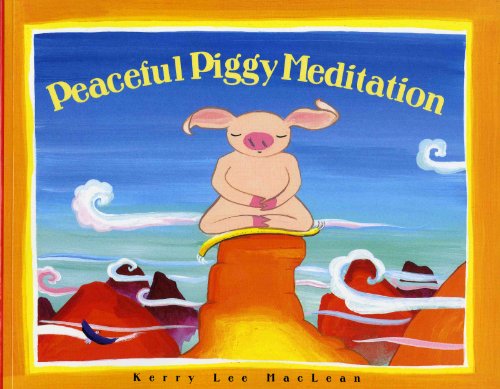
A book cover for Peaceful Piggy Meditation (Albert Whitman Prairie Books); Kerry Lee Maclean; Children's Books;